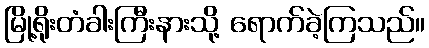
မြို့ရိုးတံခါးကြီးနားသို့ ရောက်ခဲ့ကြသည်။